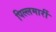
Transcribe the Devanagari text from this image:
पिल्‍लमार्री